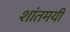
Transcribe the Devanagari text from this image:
शांतमयी